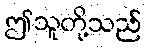
ဤသူတို့သည်